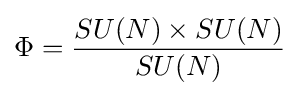
\Phi ={\frac {SU(N)\times SU(N)}{SU(N)}}